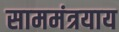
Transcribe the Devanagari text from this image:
साममंत्रयाय